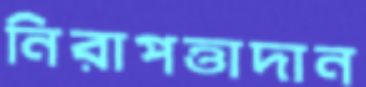
নিরাপত্তাদান